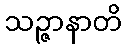
သဉ္ဇာနာတိ